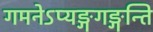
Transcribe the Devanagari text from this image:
गमनेऽप्यङ्गगङ्गन्ति